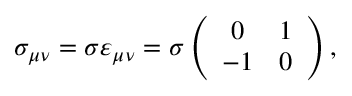
\sigma _ { \mu \nu } = \sigma \varepsilon _ { \mu \nu } = \sigma \left( \begin{array} { c c } { { 0 } } & { { 1 } } \\ { { - 1 } } & { { 0 } } \end{array} \right) ,